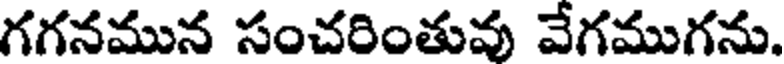
గగనమున సంచరింతువు వేగముగను.